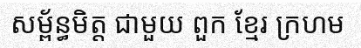
សម្ព័ន្ធមិត្ត ជាមួយ ពួក ខ្មែរ ក្រហម